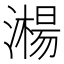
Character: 𣿘